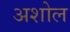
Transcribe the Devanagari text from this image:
अशोल